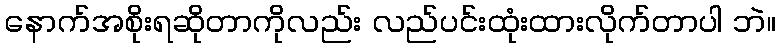
နောက်အစိုးရဆိုတာကိုလည်း လည်ပင်းထုံးထားလိုက်တာပါ ဘဲ။